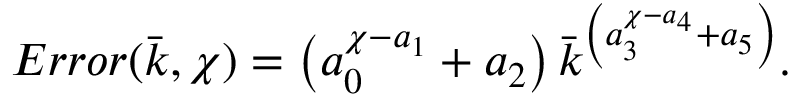
E r r o r ( \bar { k } , \chi ) = \left( a _ { 0 } ^ { \chi - a _ { 1 } } + a _ { 2 } \right) \bar { k } ^ { \left( a _ { 3 } ^ { \chi - a _ { 4 } } + a _ { 5 } \right) } .